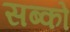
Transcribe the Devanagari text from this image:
सब्को